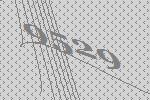
9529